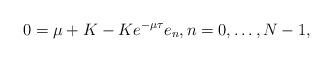
LaTeX: \begin{align*}0=\mu+K-Ke^{-\mu\tau}e_{n},n=0,\dots,N-1,\end{align*}